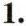
1.